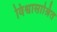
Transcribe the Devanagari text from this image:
विश्वासाश्रित